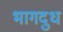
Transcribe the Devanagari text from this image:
भागदुध